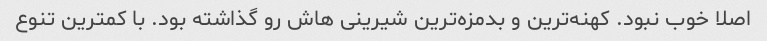
اصلا خوب نبود. کهنه‌ترین و بدمزه‌ترین شیرینی هاش رو گذاشته بود. با کمترین تنوع